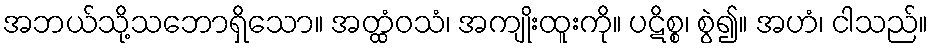
အဘယ်သို့သဘောရှိသော။ အတ္ထံဝသံ၊ အကျိုးထူးကို။ ပဋိစ္စ၊ စွဲ၍။ အဟံ၊ ငါသည်။